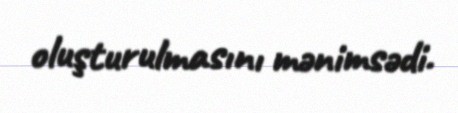
oluşturulmasını mənimsədi.